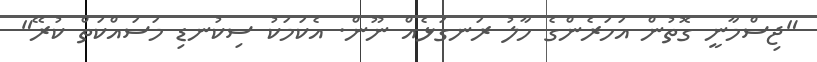
"ޖިސްމާނީ ގޮތުން އަހަރެންގެ ހާލު ރަނގަޅެއް ނޫން. އެކަމަކު ސިކުނޑި މަސައްކަތް ކުރޭ"